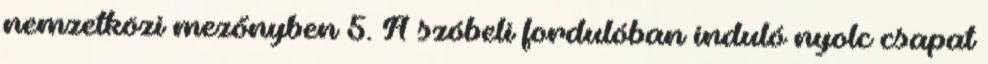
nemzetközi mezőnyben 5. A szóbeli fordulóban induló nyolc csapat